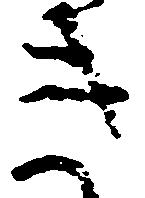
き